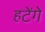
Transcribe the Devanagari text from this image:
हटेंगे